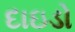
દાઇડો